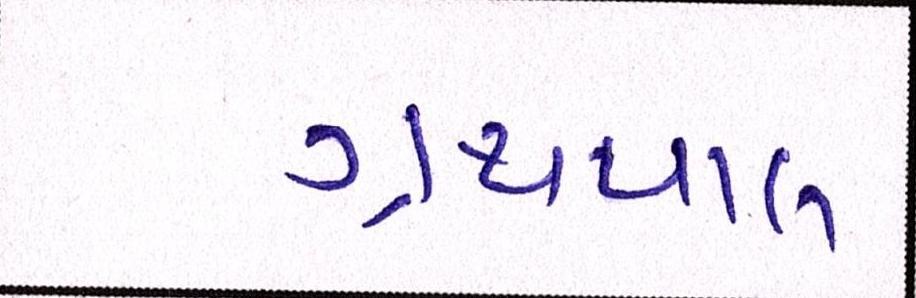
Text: ગ્રંથપાલ